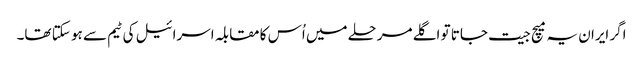
اگر ایران یہ میچ جیت جاتا تو اگلے مرحلے میں اُس کا مقابلہ اسرائیل کی ٹیم سے ہو سکتا تھا۔